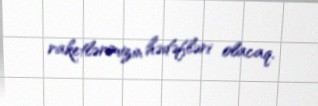
raketlərimizin hədəfləri olacaq.